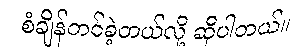
စံချိန်တင်ခဲ့တယ်လို့ ဆိုပါတယ်။